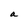
Character: a